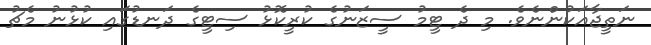
ނަތީޖާއަކުންނެވެ. މި ދެ ޓީމު ސީޒަނުގެ ކުރީކޮޅު ސިޓީގެ ދަނޑުގައި ކުޅުނު މެޗު